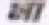
মা